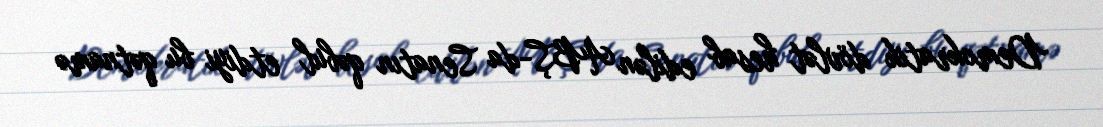
Demokratik dövlət hesab edilən ABŞ-da Senatın qəbul etdiyi bu qətnamə